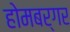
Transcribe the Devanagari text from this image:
होमबर्गर